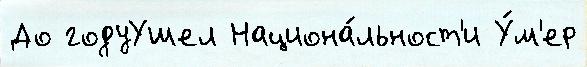
До годуУшел Национа́льност'и У́м'ер